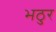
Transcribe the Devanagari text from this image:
भठुर